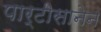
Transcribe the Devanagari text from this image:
पार्टीसानेन